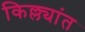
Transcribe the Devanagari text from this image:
किल्ल्यांत